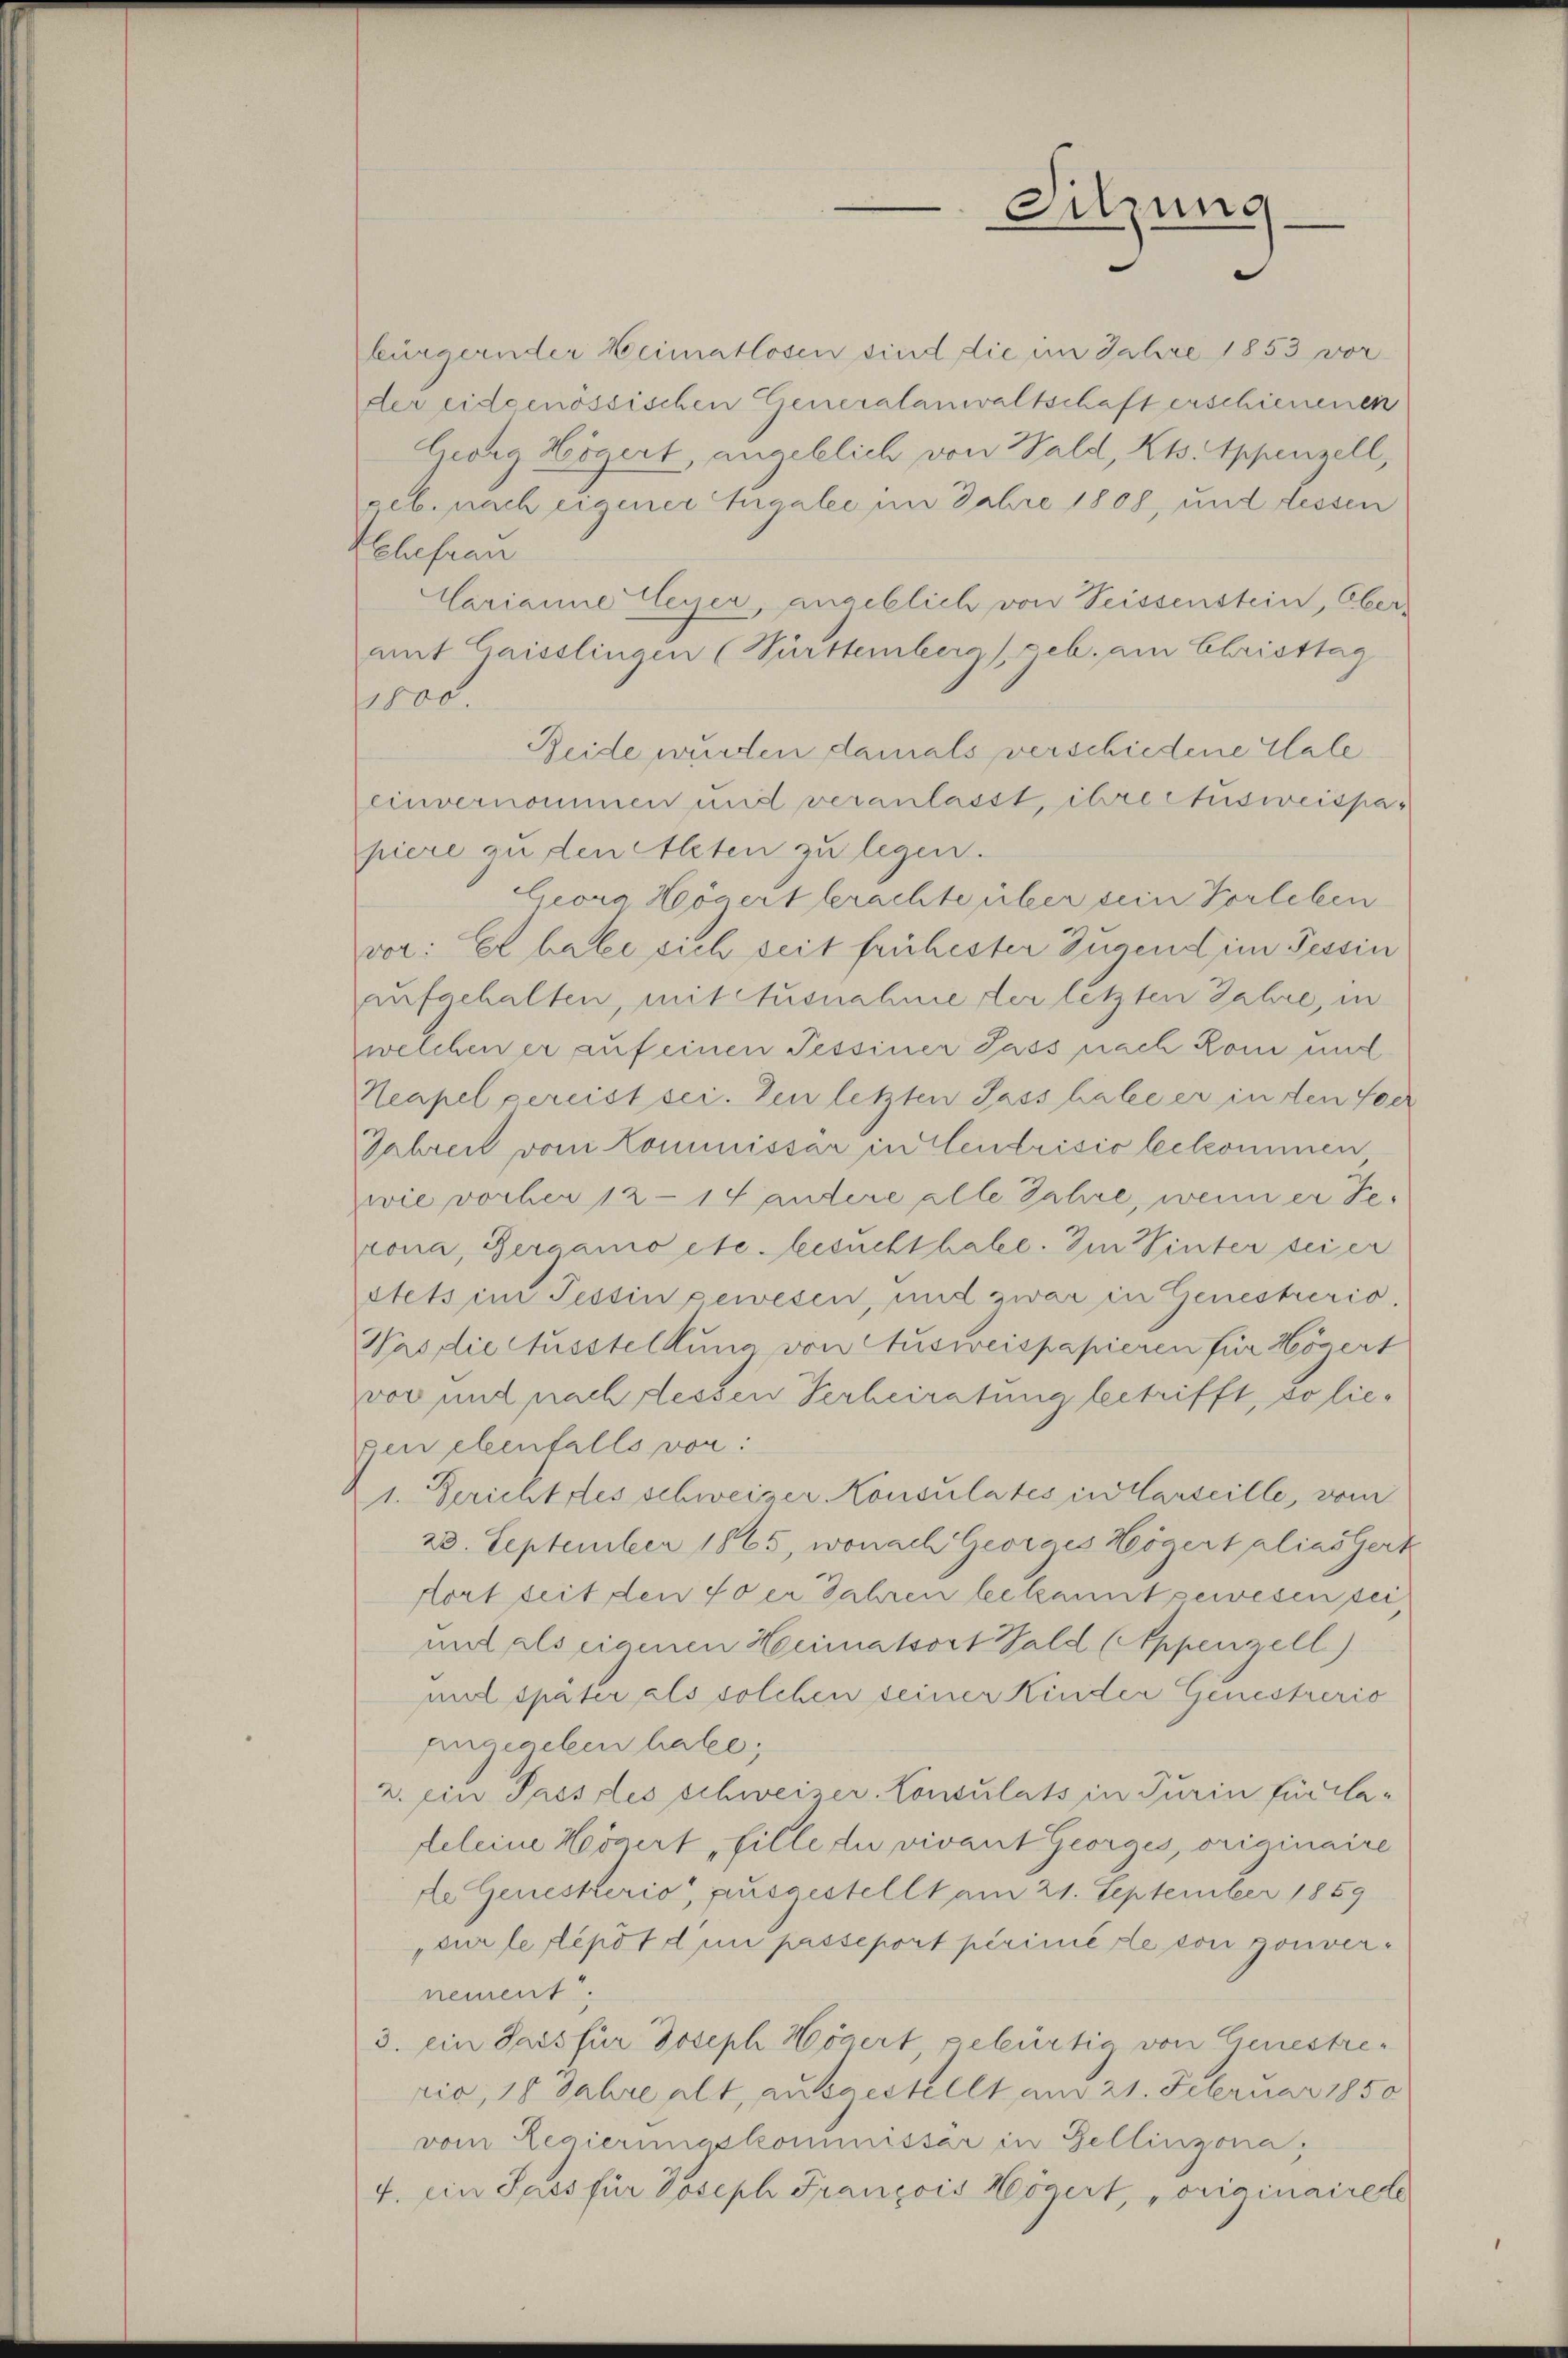
Sitzung

bürgernder Heimatlosen sind die im Jahre 1853 vor
der eidgenössischen Generalanwaltschaft erschienenen
Georg Zögert, angeblich von Wald, Kts. Appenzell,
geb. nach eigener Angalee im Jahre 1808, und dessen
Wehefrau
Carianne Weyer, angeblich von Seissenstein, Ober-
mit Gaisslingen (Württemberg geb. am Christtag
1000.
Reide wurden damals verschiedene Wale
einvernommen und veranlasst, ihre Ausweispapiere zu den Alten zu legen.
Georg Högert berachte über ein Vorleben
vor: Er habe sich seit frühester Zügend im Tessin
aufgehalten, mit Ausnahme der letzten Jahre, in
welchen er auf einen Tessiner Jass nach Rom und
Neapel gereist sei. Den letzten Jass habe er in den foer
Jahren vom Kommissar in Elendrisio bekommen
wie vorber 12–14 andere alle Jahre, wenn er Te-
rona, Bergamo etc. besuchthabe. Im Pinter sei er
stets im Tessin gewesen, und zwar in Genesherio
Was die Ausstellung von Ausweispapieren für Högert
vor und nach dessen Verheiratung betrifft, so liegen ebenfalls vor:
1. Gericht des schweizer Konsulates in Carseille, vom
28. September 1865, wonach Georges Högert alias Gerk
dort seit den 40er Jahren bekannt gewesen sei
mit als eigenen Heimatsort Bald (Appenzell)
mal später als solchen seiner Kinder Genestrerio
angegeben hatte;
2. ein Passiles schweizer. Consulats in Turin für la-
feleine Hornirt fille du vivant Georges, originaire
de Genesterio, ausgestellt am 21. September 1859
sur le repot d in passeport perimete von gouver-
nement
3. ein Sars für Joseph Högert, gebürtig von Genestrerio, 18 Jahre alt, ausgestellt am 21. Februar 1850
vom Regierungskommissär in Bellinzona,
4. ein Jass für Joseph François Högert, voriginairet